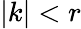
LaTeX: \vert k\vert<r